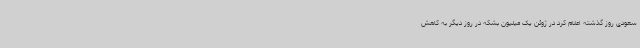
سعودی روز گذشته اعلام کرد در ژوئن یک میلیون بشکه در روز دیگر به کاهش